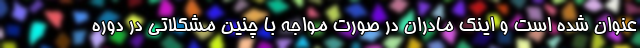
عنوان شده است و اینک مادران در صورت مواجه با چنین مشکلاتی در دوره